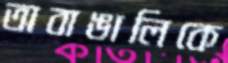
অবাঙালিকে